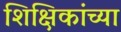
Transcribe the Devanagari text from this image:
शिक्षिकांच्या